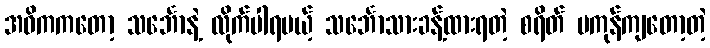
အဓိကကတော့ သင်္ဘောနဲ့ လိုက်ပါရမယ့် သင်္ဘောသားခန့်ထားရတဲ့ စရိတ် မကုန်ကျတော့တဲ့